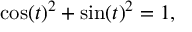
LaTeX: \cos ( t ) ^ { 2 } + \sin ( t ) ^ { 2 } = 1 ,